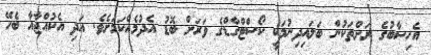
އެހިސާބުގެ ރަށްތަކުން ބަލައިދިނުމަކީ ކޯސްޓްގާޑްގެ ވަރަށް ބޮޑު އެދުމެއްކަމަށެވެ. އަދި އެކުއްޖާއާ ބެހޭ